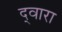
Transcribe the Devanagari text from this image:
द्‍वारा